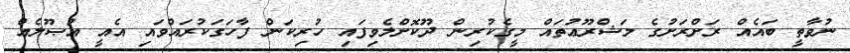
ނުވާތީ ބައެއް ރަށްރަށުގެ މަޝްރޫޢުތައް މީގެކުރިން ދޫކޮށްލެވިފައި ހުރިކަން ފާހަގަކުރައްވައި އެއީ އުޞޫލެއް